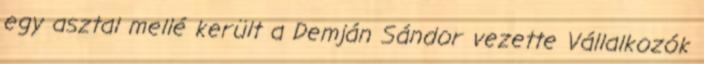
egy asztal mellé került a Demján Sándor vezette Vállalkozók